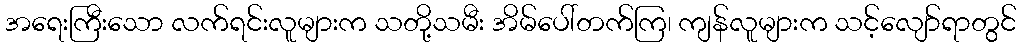
အရေးကြီးသော လက်ရင်းလူများက သတို့သမီး အိမ်ပေါ်တက်ကြ၊ ကျန်လူများက သင့်လျော်ရာတွင်